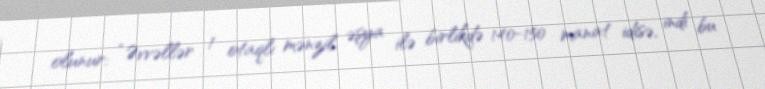
olunur: “Əvvəllər 1 otaqlı mənzil əşya ilə birlikdə 140-150 manat idisə, indi bu